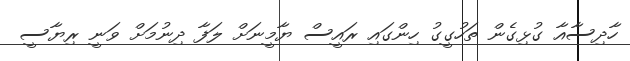
ހާދިސާއާ ގުޅިގެން ތަހުގީގު ހިންގައި ރައީސް ޔާމީނަށް ލަފާ ދިނުމަށް ވަނީ ރިޔާސީ